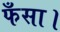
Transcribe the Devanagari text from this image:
फँसा।